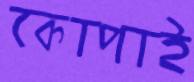
কোপাই